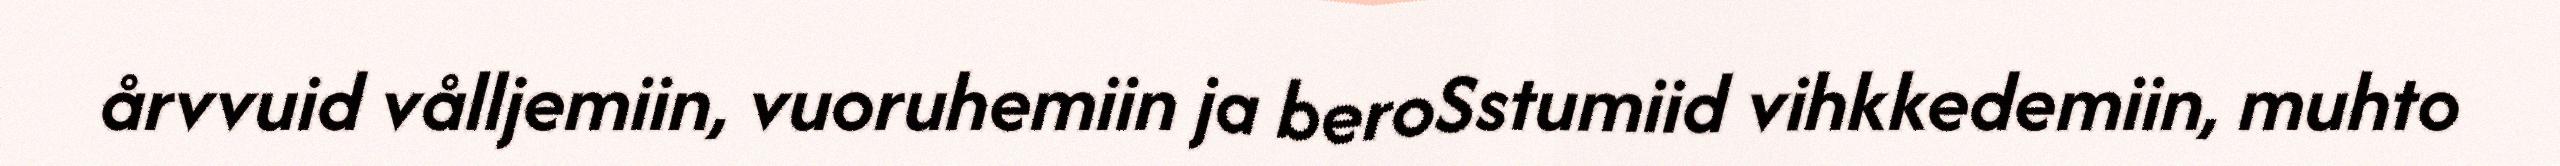
årvvuid vålljemiin, vuoruhemiin ja beroSstumiid vihkkedemiin, muhto